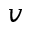
v